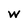
Character: W